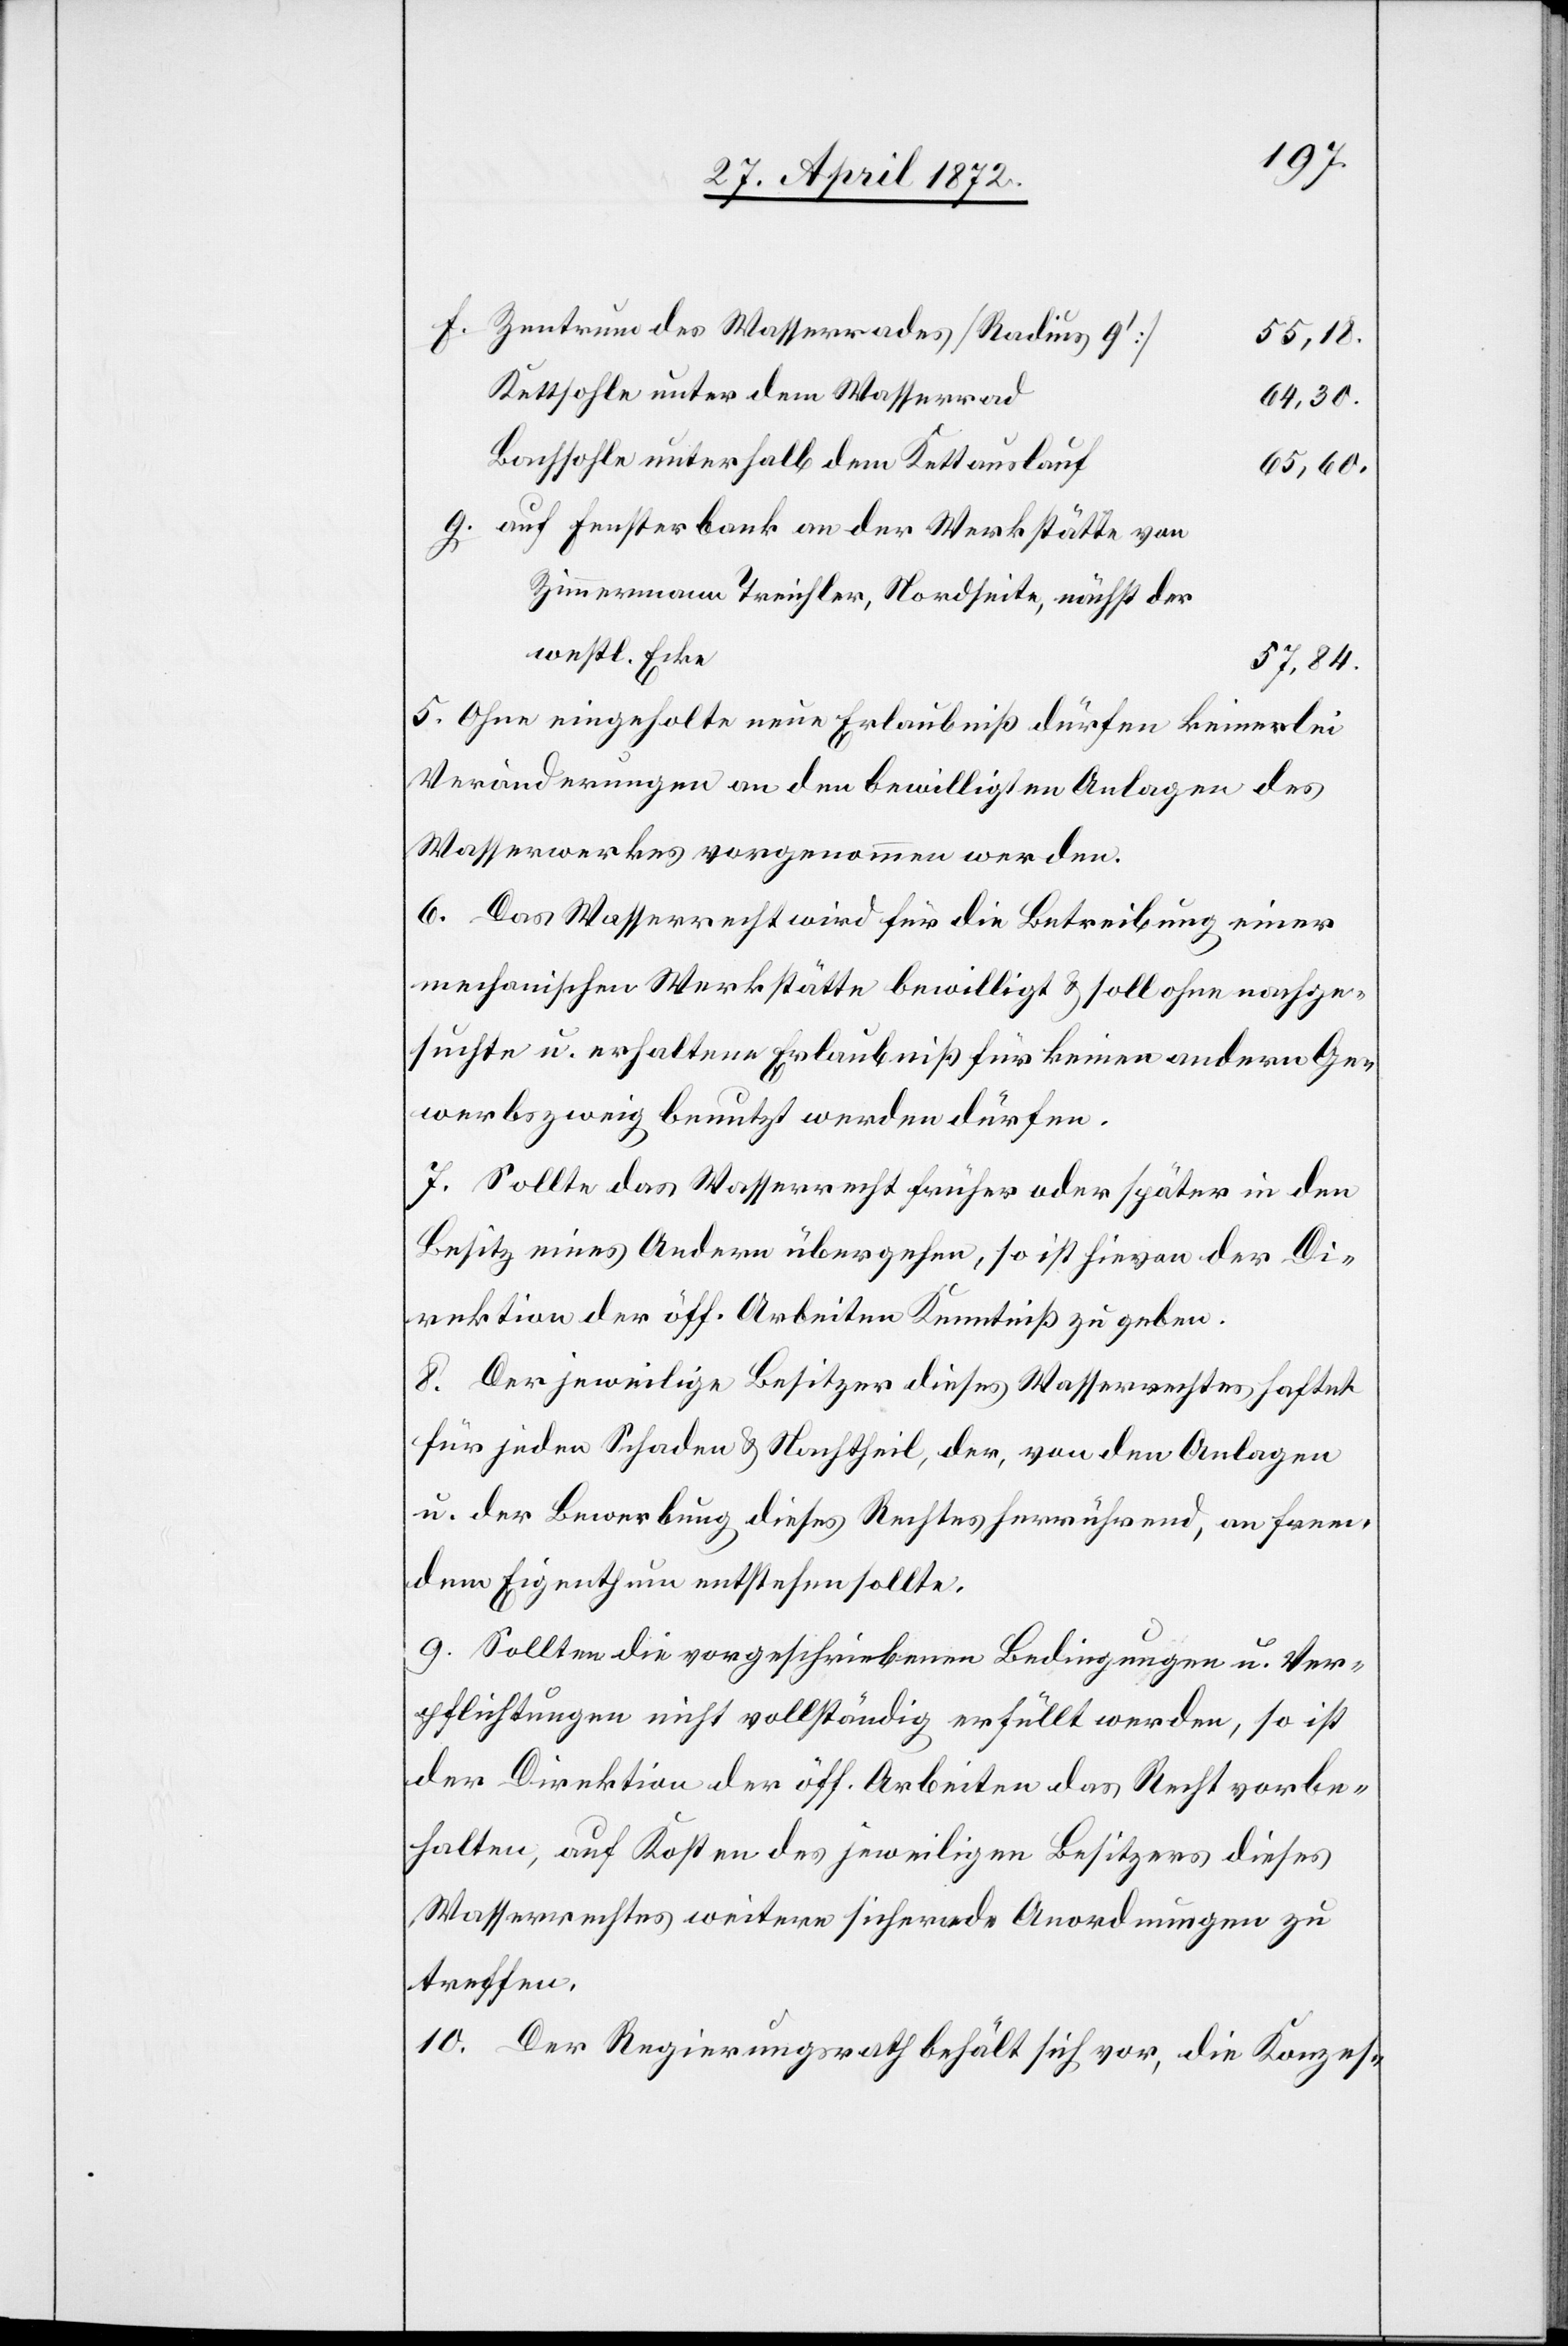
Zentrum des Wasserrades [Radius 9’]
55,18.
Kettsohle unter dem Wasserrad
64,30.
Bachsohle unterhalb dem Kettauslauf
65,60.
auf Fensterbank an der Werkstätte von
Zimmermann Treichler, Nordseite, nächst
westl. Ecke
57,84.
5. Ohne eingeholte neue Erlaubniß dürfen keinerlei
Veränderungen an den bewilligten Anlagen des
Wasserwerkes vorgenommen werden.
6. Das Wasserrecht wird für die Betreibung einer
mechanischen Werkstätte bewilligt u. soll ohne nachge¬
suchte u. erhaltene Erlaubniß für keinen andern Ge¬
werbszweig benutzt werden dürfen.
7. Sollte das Wasserrecht früher oder später in den
Besitz eines Andern übergehen, so ist hievon der Di¬
rektion der öff. Arbeiten Kenntniß zu geben.
8. Der jeweilige Besitzer dieses Wasserrechtes haftet
für jeden Schaden u. Nachtheil, der, von den Anlagen
u. der Bewerbung dieses Rechtes herrührend, an frem¬
dem Eigenthum entstehen sollte.
9. Sollten die vorgeschriebenen Bedingungen u. Ver¬
pflichtungen nicht vollständig erfüllt werden, so ist
der Direktion der öff. Arbeiten das Recht vorbe¬
halten, auf Kosten des jeweiligen Besitzers dieses
Wasserrechtes weitere sichernde Anordnungen zu
treffen.
10. Der Regierungsrath behält sich vor, die Konzes-